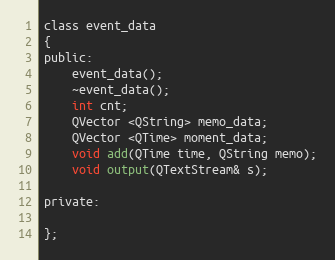
Language: C
class event_data
{
public:
    event_data();
    ~event_data();
    int cnt;
    QVector <QString> memo_data;
    QVector <QTime> moment_data;
    void add(QTime time, QString memo);
    void output(QTextStream& s);

private:

};